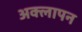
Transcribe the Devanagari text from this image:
अक्लापन